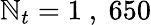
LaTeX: \mathbb{N}_{t}=1\mathrm{{~,~}}650